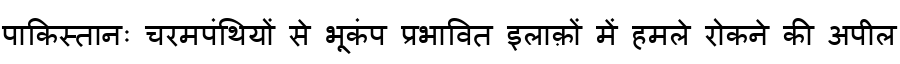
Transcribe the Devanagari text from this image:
पाकिस्तानः चरमपंथियों से भूकंप प्रभावित इलाक़ों में हमले रोकने की अपील